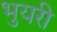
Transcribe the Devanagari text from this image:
भुयरी